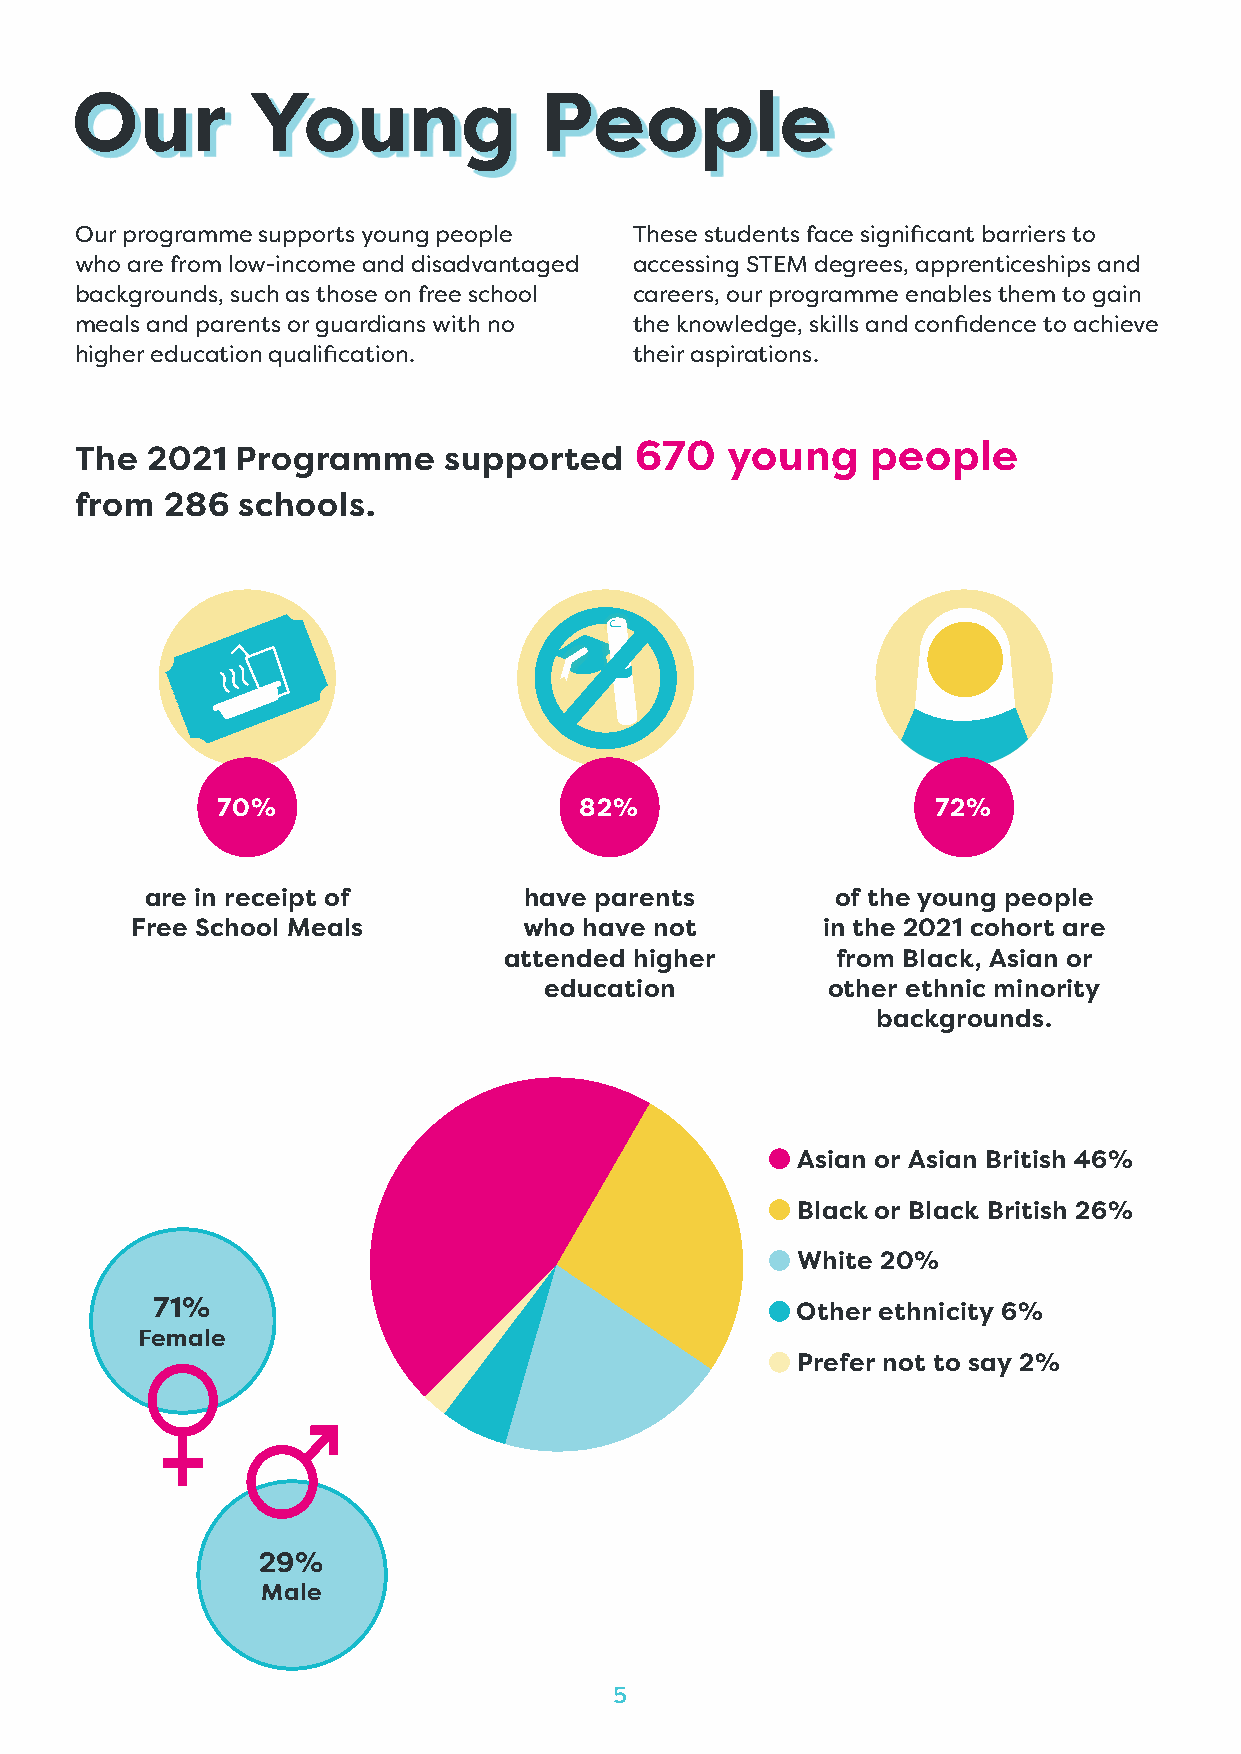
Our         Young              People
 Our programme supports young people  These students face significant barriers to
 who are from low-income and disadvantaged accessing STEM degrees, apprenticeships and
 backgrounds, such as those on free school careers, our programme enables them to gain
 meals and parents or guardians with no the knowledge, skills and confidence to achieve
 higher education qualification.      their aspirations.
 The  2021  Programme    supported    670   young     people
 from  286  schools.
 70%                     82%                     72%
 are in receipt of        have parents        of the young people
 Free School Meals         who have not       in the 2021 cohort are
 attended higher       from Black, Asian or
 education          other ethnic minority
 backgrounds.
 Asian or Asian British 46%
 Black or Black British 26%
 White 20%
 71%                                        Other ethnicity 6%
 Female
 Prefer not to say 2%
 29%
 Male
 5